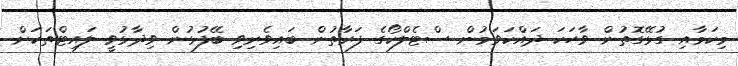
މިކަމާއި ގުޅޭގޮތުން ވާހަކަ ދައްކަވަމުން ސްޓެލްކޯގެ ފަރާތުން ބައިވެރިވި ބޭފުޅުން ވިދާޅުވީ ލައިޓްތަކަށް